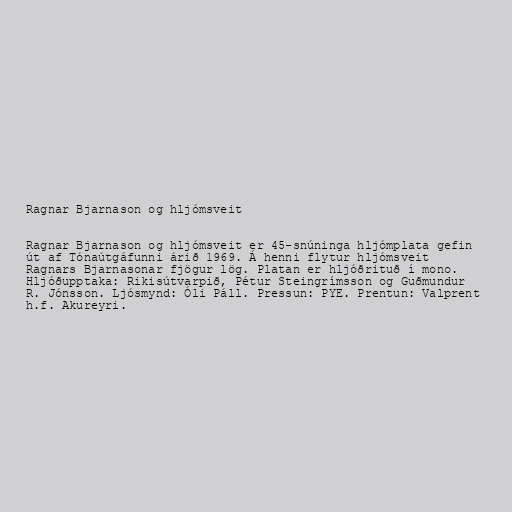
Ragnar Bjarnason og hljómsveit

Ragnar Bjarnason og hljómsveit er 45-snúninga hljómplata gefin
út af Tónaútgáfunni árið 1969. Á henni flytur hljómsveit
Ragnars Bjarnasonar fjögur lög. Platan er hljóðrituð í mono.
Hljóðupptaka: Rikisútvarpið, Pétur Steingrímsson og Guðmundur
R. Jónsson. Ljósmynd: Óli Páll. Pressun: PYE. Prentun: Valprent
h.f. Akureyri.